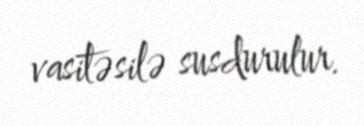
vasitəsilə susdurulur.